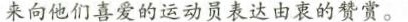
来向他们喜爱的运动员表达由衷的赞赏。